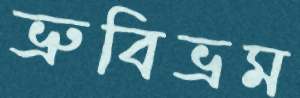
ভ্রুবিভ্রম